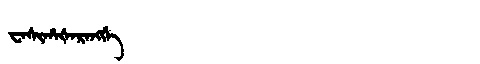
Manchu: ᠸᠠᠰᡳᡥᠠᡧᠠᡵᠠᠩᡤᡝ
Romanization: WASIHAŠARANGGE